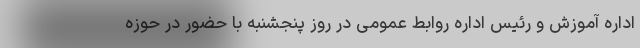
اداره آموزش و رئیس اداره روابط عمومی در روز پنجشنبه با حضور در حوزه